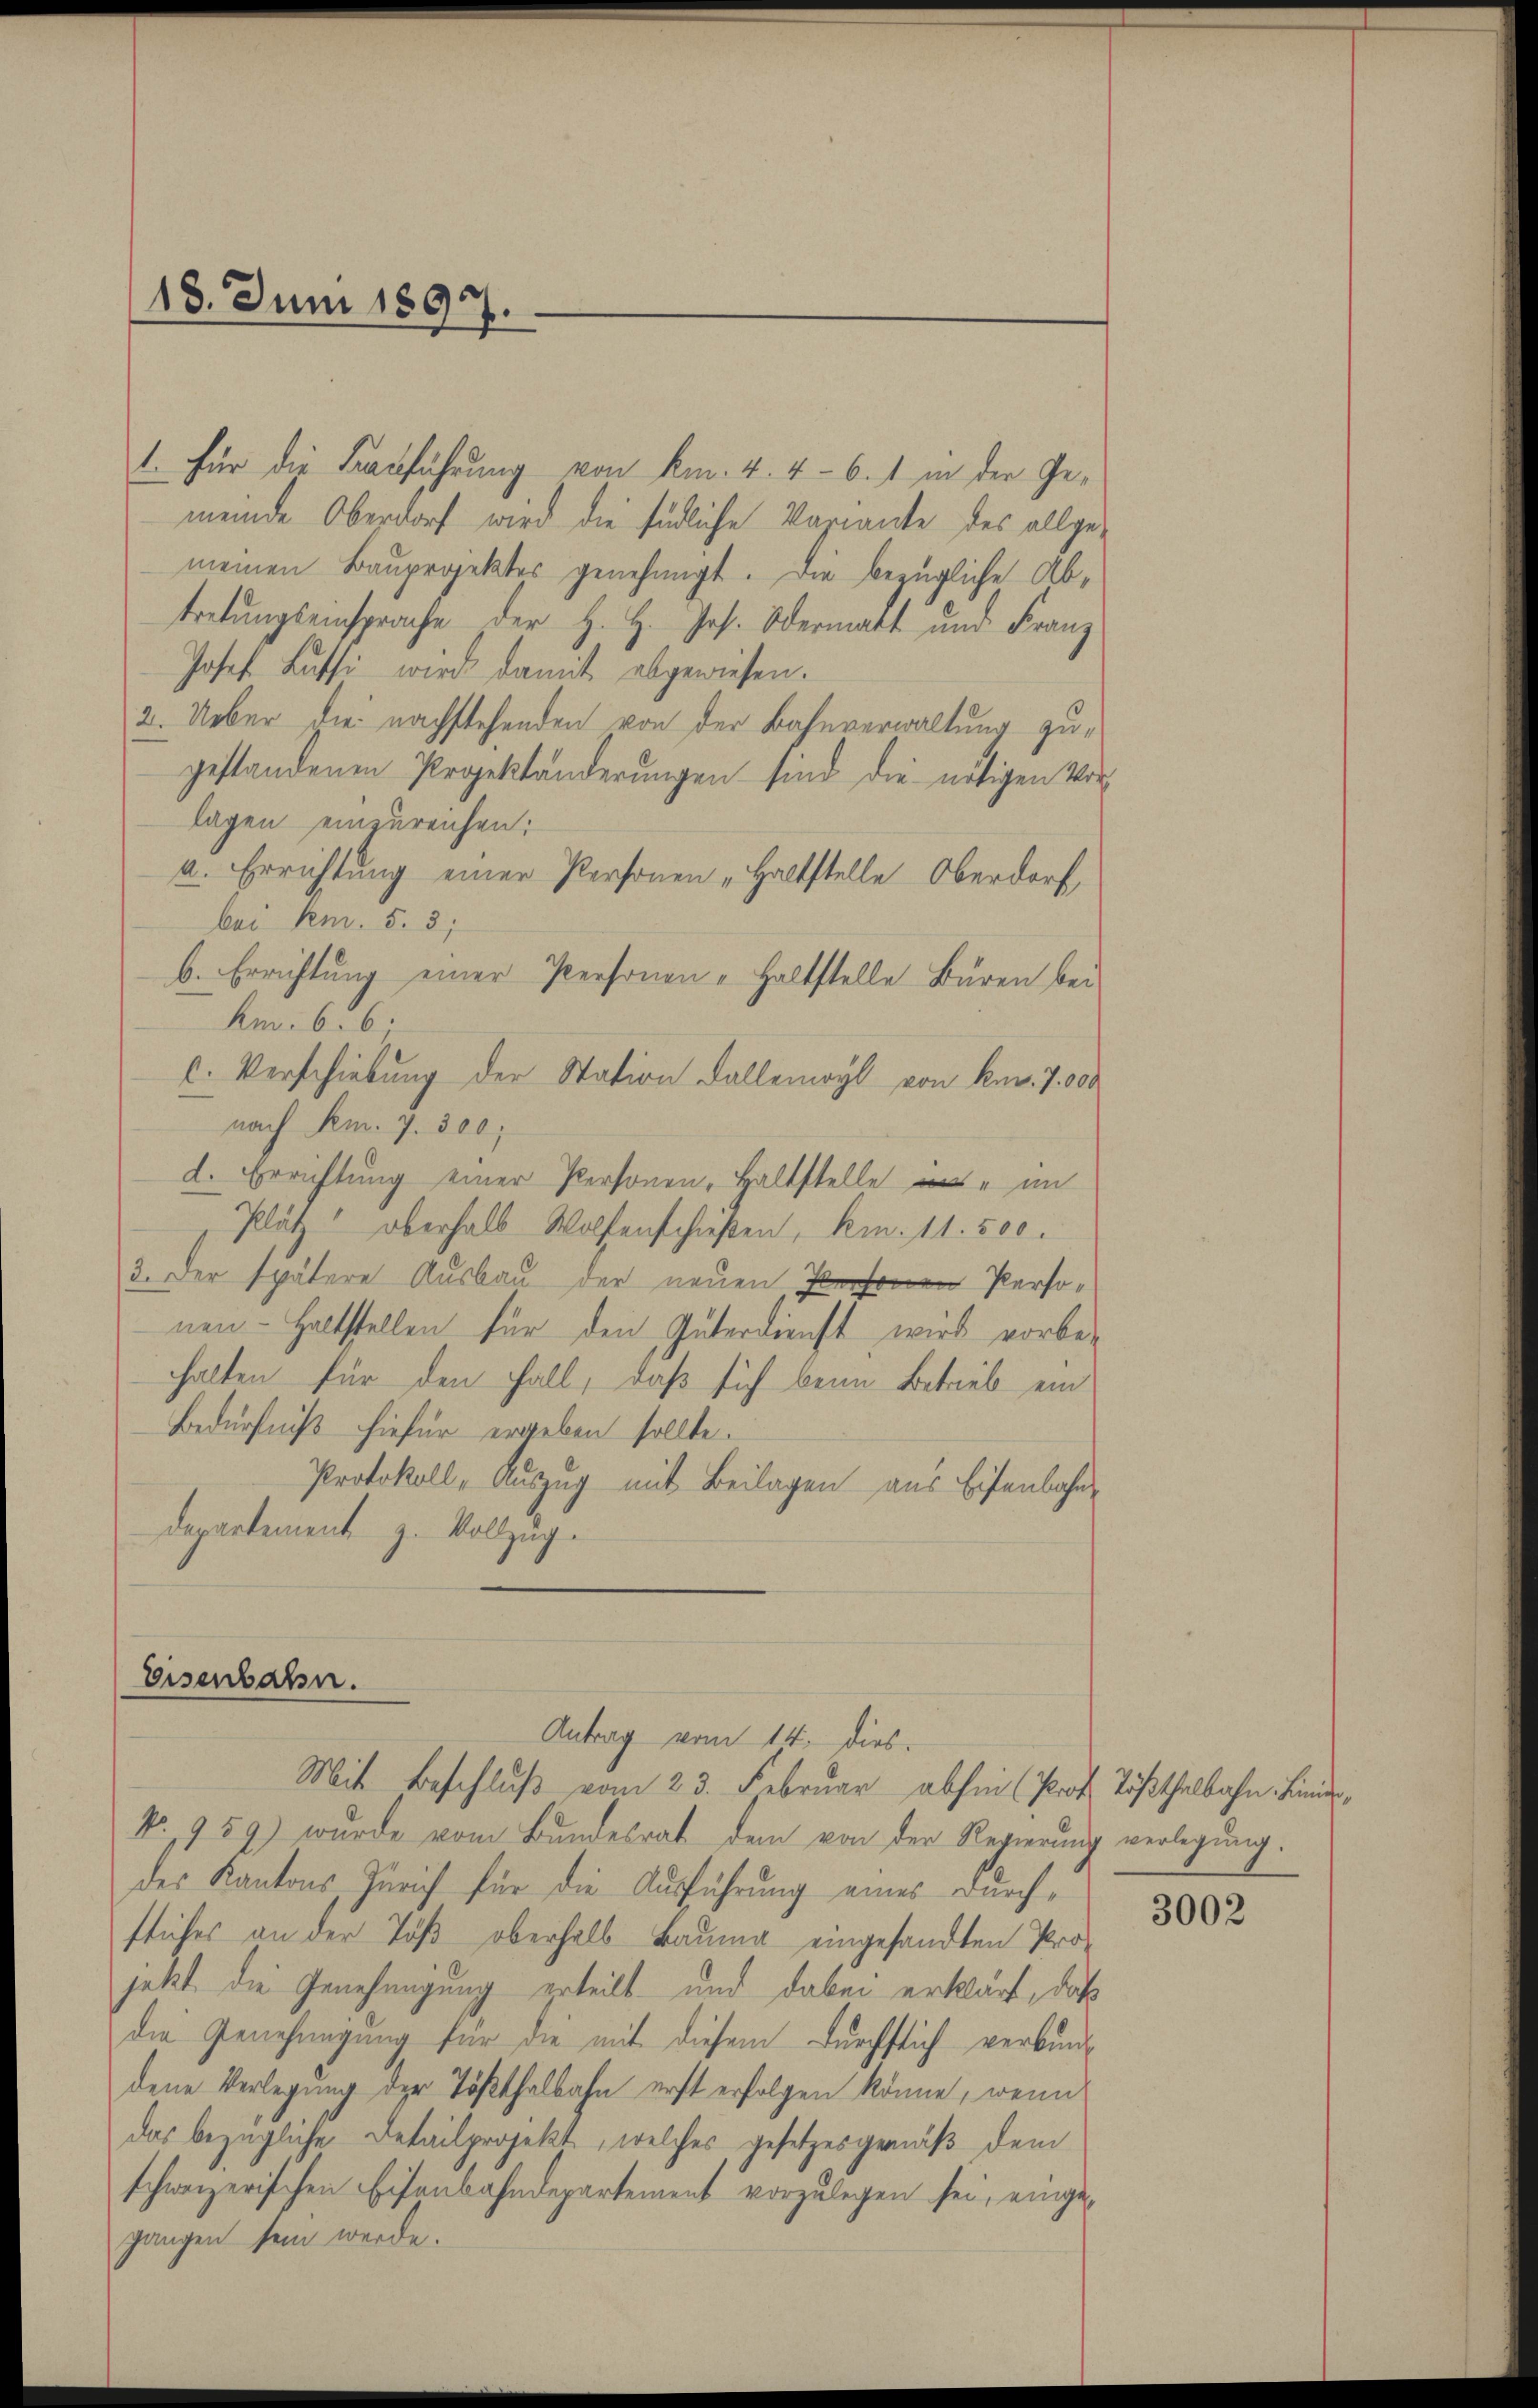
18. Juni 1897.

1. Für die Bauführung von km. 4. 46. 1 in der Ge-
meinde Oberdorf wird die südliche Variante des allgemeinen Bauprojektes genehmigt. Die bezügliche Abtretungseinsprache der H. H. Jos. Odermatt und Franz
Josef Bussi wird damit abgewiesen.
2. Ueber die nachstehenden von der Bahnverwaltung zugestandenen Projektänderungen sind die nötigen Vor-
lagen einzureichen:
a. Errichtung einer Personen „Haltstelle Oberdorf,
bei kn. 5. 3;
b. Errichtung einer Personen-Haltstelle Büren bei
km. 6. 6;
c. Verschiebung der Station Fallemayl von kn. 7000
nach Km. 7. 300;
d. Errichtung einer Personen, Haltstelle im
Pläf oberhalb Wolfenschießen, kn. 11. 500.
3. Der spätere Ausbau der neuen Personen- Haltstellen für den Güterdienst wird vorbehalten für den Fall, daß sich beim Betrieb ein
Bedürfniß hiefür ergeben sollte.
Protokoll, Auszug mit Beilagen aus Eisenbahn-
departement z. Vollzug.

No. 959) wurde vom Bundesrat dem von der Regierung verlegung.
des Kantons Zürich für die Ausführung eines Durchfliches an der Töß oberhalb Bauma eingesandten Pro-
jetzt die Genehmigung erteilt und dabei erklärt, daß
die Genehmigung für die mit diesem Durchflich verbundene Verlegung der Tößthalbahn erst erfolgen könne, wenn
das bezügliche Detailprojekt, welches gesetzes gemäß dem
schweizerischen Eisenbahndepartement vorzŭlegen sei, einge-
gangen sein werde.

Eisenbahn.
Antrag vom 14. dies.
Mit Beschluß vom 23. Februar abhin (Prof. Tößthalbahn. Lande,

3002